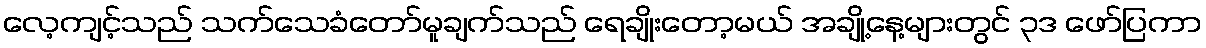
လေ့ကျင့်သည် သက်သေခံတော်မူချက်သည် ရေချိုးတော့မယ် အချို့နေ့များတွင် ၃ဒ ဖော်ပြကာ